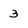
Character: 3